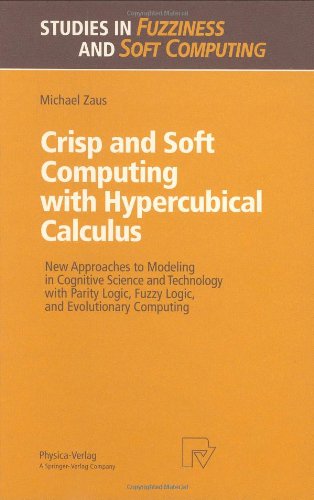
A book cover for Crisp and Soft Computing with Hypercubical Calculus: New Approaches to Modeling in Cognitive Science and Technology with Parity Logic, Fuzzy Logic, ... (Studies in Fuzziness and Soft Computing); Michael Zaus; Computers & Technology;